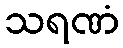
သရဏံ